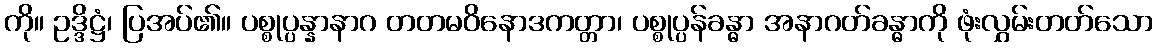
ကို။ ဥဒ္ဒိဋ္ဌံ၊ ပြအပ်၏။ ပစ္စုပ္ပန္နာနာဂ တတမဝိနောဒကတ္တာ၊ ပစ္စုပ္ပန်ခန္ဓာ အနာဂတ်ခန္ဓာကို ဖုံးလွှမ်းတတ်သော